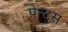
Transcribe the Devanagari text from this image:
पेन्ट्‌स